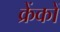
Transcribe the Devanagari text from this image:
क्रेंकों